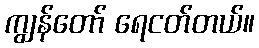
ကျွန်တော် ရေငတ်တယ်။